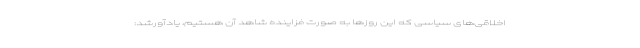
اخلاقی‌های سیاسی که این روزها به صورت فزاینده شاهد آن هستیم، یادآورشد: